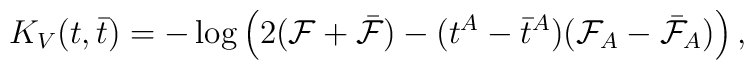
K_V(t,\bar t) = -\log\Big(2({\cal F}+ \bar{\cal F})-           (t^A-\bar t^A)({\cal F}_A-\bar{\cal F}_A)\Big)\,,